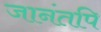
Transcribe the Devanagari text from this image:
जानंतपि